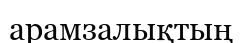
арамзалықтың